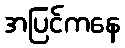
အပြင်ကနေ